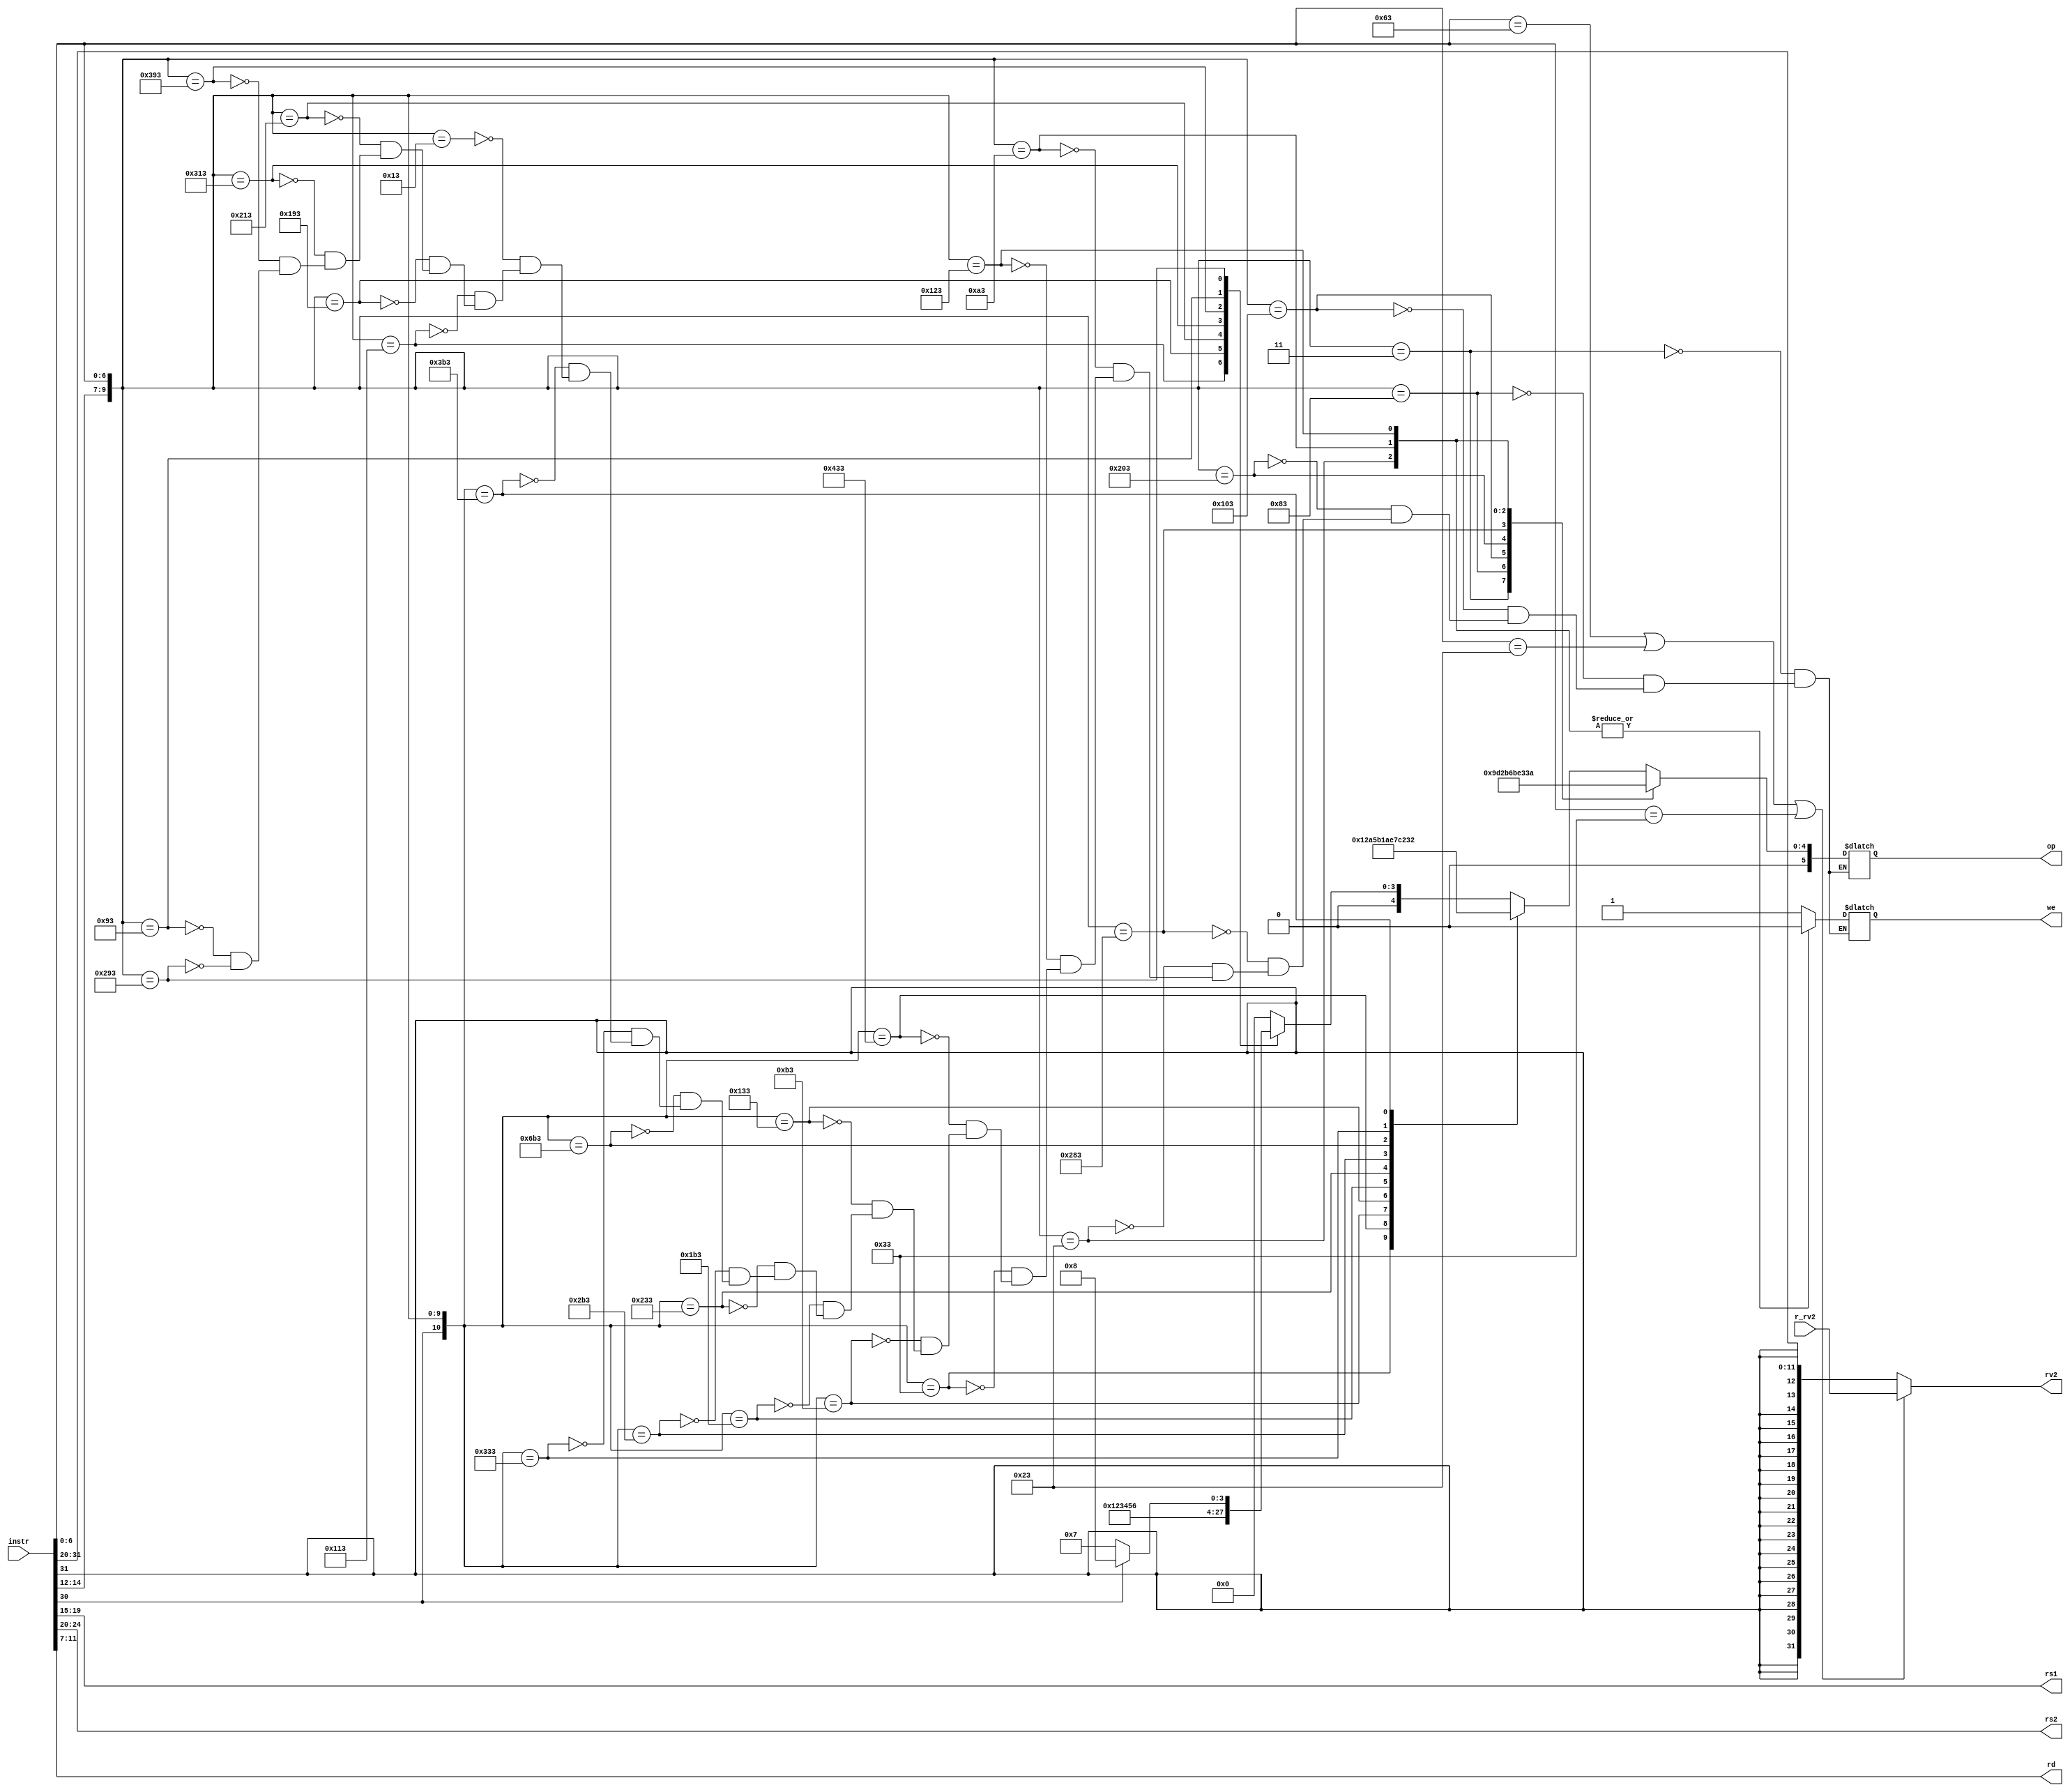
module dummydecoder(
    input [31:0] instr,  // Full 32-b instruction
    output [5:0] op,     // some operation encoding of your choice
    output [4:0] rs1,    // First operand reg address to reg file
    output [4:0] rs2,    // Second operand (reg address) to reg file
    output [4:0] rd,     // Output reg (address)
    input  [31:0] r_rv2, // From RegFile
    output [31:0] rv2,   // To ALU
    output we            // Write to reg (to reg file)
);
reg [31:0] rv2;
reg [4:0] rs1,rs2,rd;
reg [5:0] op;
reg we;


always@(*)
begin

        rs1 = instr[19:15];
        rd = instr[11:7];
        rs2 = instr[24:20];

        case({instr[14:12],instr[6:0]})
        10'b000_0010011: begin op <= 6'd0; we<=1; end//         ADDI
        10'b010_0010011: begin op <= 6'd1; we<=1; end//         SLTI
        10'b011_0010011: begin op <= 6'd2; we<=1; end//         SLTIU
        10'b100_0010011: begin op <= 6'd3; we<=1; end//         XORI
        10'b110_0010011: begin op <= 6'd4; we<=1; end//         ORI
        10'b111_0010011: begin op <= 6'd5; we<=1; end//         ANDI
        10'b001_0010011: begin op <= 6'd6; we<=1; end//         SLLI
        10'b101_0010011: begin if(instr[30]) begin op <= 6'd8; we<=1; end //        SRAI
                               else          begin op <= 6'd7; we<=1; end //        SRLI
                         end
        endcase

        case({instr[30],instr[14:12],instr[6:0]})
        11'b0_000_0110011: begin op <= 6'd9 ; we<=1; end//       ADD
        11'b1_000_0110011: begin op <= 6'd10; we<=1; end//       SUB
        11'b0_001_0110011: begin op <= 6'd11; we<=1; end//       SLL
        11'b0_010_0110011: begin op <= 6'd12; we<=1; end//       SLT
        11'b0_011_0110011: begin op <= 6'd13; we<=1; end//       SLTU
        11'b0_100_0110011: begin op <= 6'd14; we<=1; end//       XOR
        11'b0_101_0110011: begin op <= 6'd15; we<=1; end//       SRL
        11'b1_101_0110011: begin op <= 6'd16; we<=1; end//       SRA
        11'b0_110_0110011: begin op <= 6'd17; we<=1; end//       OR
        11'b0_111_0110011: begin op <= 6'd18; we<=1; end//       AND
        endcase

        case({instr[14:12],instr[6:0]})
        10'b000_0000011 : begin op <= 6'd19; we<=1;   end//        LB - Load Byte
        10'b001_0000011 : begin op <= 6'd20; we<=1;   end//        LH - Load HalfWord
        10'b010_0000011 : begin op <= 6'd21; we<=1;   end//        LW - Load Word
        10'b100_0000011 : begin op <= 6'd22; we<=1;   end//        LBU- Load Byte Unsigned
        10'b101_0000011 : begin op <= 6'd23; we<=1;   end//        LHU- Load HalfWord Unsigned
        10'b000_0100011 : begin op <= 6'd24; we<=0;   end//        SB - Store Byte
        10'b001_0100011 : begin op <= 6'd25; we<=0;   end//        SH - Store HalfWord
        10'b010_0100011 : begin op <= 6'd26; we<=0;   end//        SW - Store Word
        endcase

end

always@(*) // sending either immediate or reg contents to alu
    begin

        if( ~( (instr[6:0]==7'b1100011) || (instr[6:0]==7'b0100011) || (instr[6:0]==7'b0110011) ) )
        begin
            rv2 = ({ {20{instr[31]}} ,instr[31:20] }); // sign extension of the signed immediate /// considering SLLI,SRLI,SRAI under this categ.
            // op[4]= 1'b1;
        end

        else
        begin
            rv2 = r_rv2;  // from regfile to ALU
        end

    end

endmodule